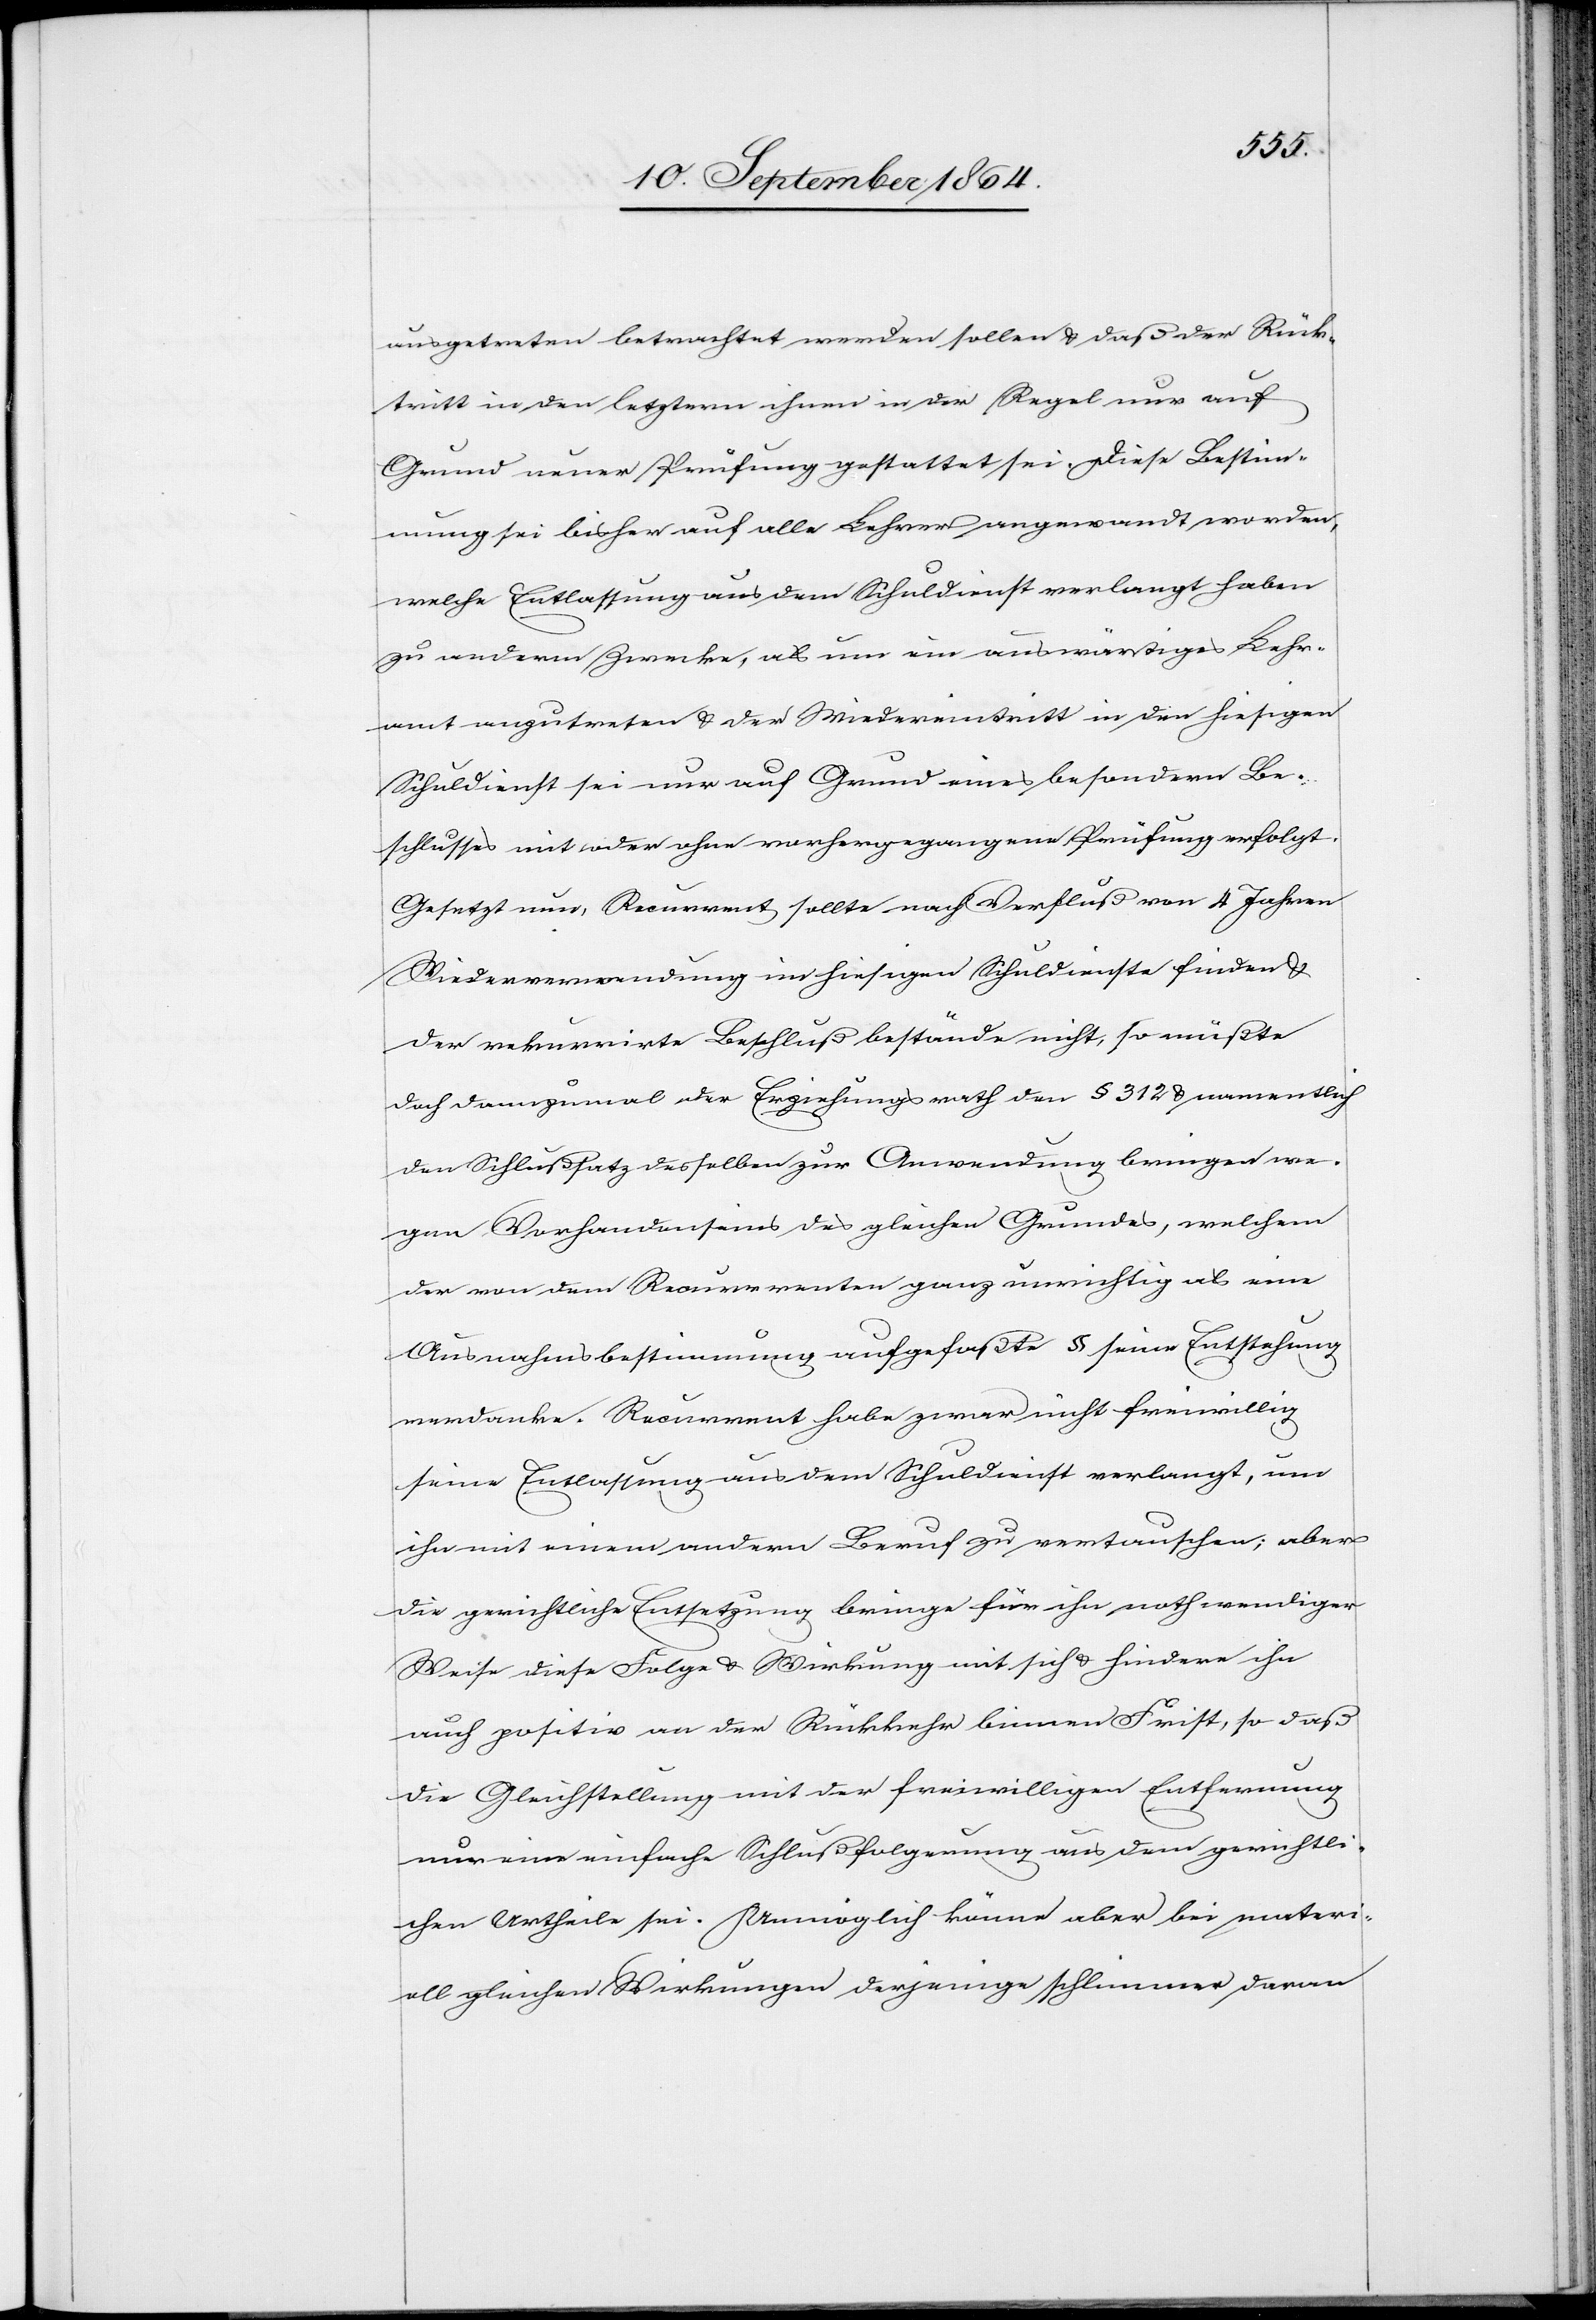
ausgetreten betrachtet werden sollen & daß der Rück¬
tritt in den letztern ihnen in der Regel nur auf
Grund neuer Prüfung gestattet sei. Diese Bestim¬
mung sei bisher auf alle Lehrer angewandt worden,
welche Entlassung aus dem Schuldienst verlangt haben
zu anderm Zwecke, als um ein auswärtiges Lehr¬
amt anzutreten & der Wiedereintritt in den hiesigen
Schuldienst sei nur auf Grund eines besondern Be¬
schlusses mit oder ohne vorhergegangene Prüfung erfolgt.
Gesetzt nur, Recurrent sollte nach Verfluß von 4 Jahren
Wiederverwendung in hiesigem Schuldienste finden &
der rekurrirte Beschluß bestände nicht, so müßte
doch dannzumal der Erziehungsrath dem § 312 namentlich
den Schlußsatz desselben zur Anwendung bringen we¬
gen Vorhandenseins des gleichen Grundes, welcher
der von dem Recurrenten ganz unrichtig als eine
Ausnahmsbestimmung aufgefaßte § seine Entstehung
verdanke. Recurrent habe zwar nicht freiwillig
seine Entlassung aus dem Schuldienst verlangt, um
ihn mit einem andern Beruf zu vertauschen, aber
die gerichtliche Entsetzung bringe für ihn nothwendiger
Weise diese Folge & Wirkung mit sich & hindere ihn
auch positiv an der Rückkehr binnen Frist, so daß
die Gleichstellung mit der freiwilligen Entfernung
nur eine einfache Schlußfolgerung aus dem gerichtli¬
chen Urtheile sei. Unmöglich könne aber bei materi¬
ell gleichen Wirkungen derjenige schlimmer daran